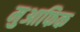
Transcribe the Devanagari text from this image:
मुआफिक